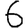
Digit: 6